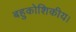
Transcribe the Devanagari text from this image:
बहुकोशिकीय।